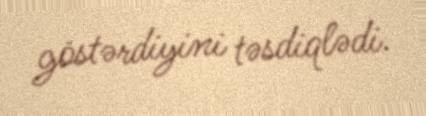
göstərdiyini təsdiqlədi.